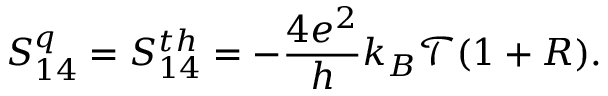
S _ { 1 4 } ^ { q } = { S _ { 1 4 } ^ { t h } } = - \frac { 4 e ^ { 2 } } { h } k _ { B } \mathcal { T } ( 1 + R ) .